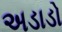
અડાડો